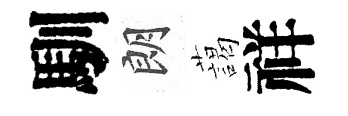
馴朗藹祥